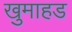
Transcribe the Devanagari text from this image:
खुमाहड